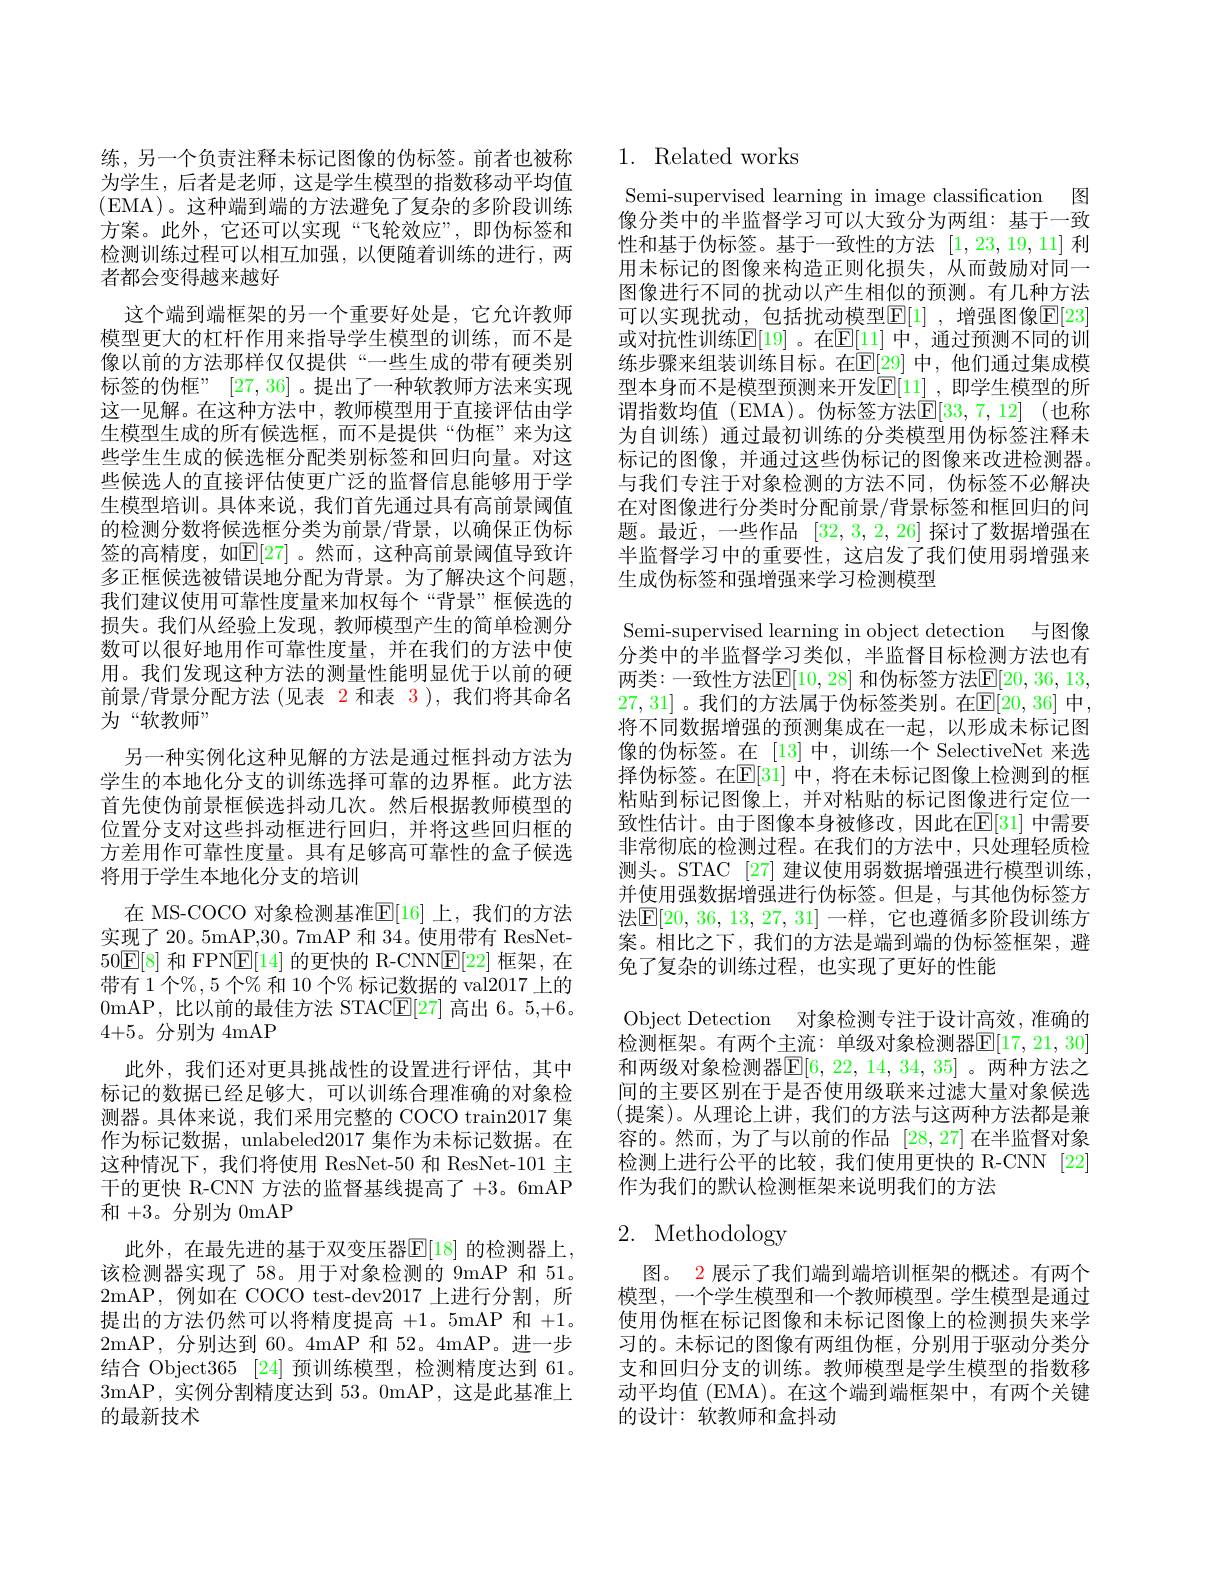
练，另一个负责注释未标记图像的伪标签。前者也被称为学生，后者是老师，这是学生模型的指数移动平均值(EMA)。这种端到端的方法避免了复杂的多阶段训练方案。此外，它还可以实现“飞轮效应”,即伪标签和检测训练过程可以相互加强，以便随着训练的进行，两者都会变得越来越好
这个端到端框架的另一个重要好处是，它允许教师模型更大的杠杆作用来指导学生模型的训练，而不是像以前的方法那样仅仅提供“一些生成的带有硬类别标签的伪框” [27,36] 。提出了一种软教师方法来实现这一见解。在这种方法中，教师模型用于直接评估由学生模型生成的所有候选框，而不是提供“伪框”来为这些学生生成的候选框分配类别标签和回归向量。对这些候选人的直接评估使更广泛的监督信息能够用于学生模型培训。具体来说，我们首先通过具有高前景阈值的检测分数将候选框分类为前景/背景，以确保正伪标签的高精度，如$\mathbb{E}[27]$。然而，这种高前景阈值导致许多正框候选被错误地分配为背景。为了解决这个问题， 我们建议使用可靠性度量来加权每个“背景”框候选的损失。我们从经验上发现，教师模型产生的简单检测分数可以很好地用作可靠性度量，并在我们的方法中使用。我们发现这种方法的测量性能明显优于以前的硬前景/背景分配方法 (见表 2 和表 3),我们将其命名为“软教师”
另一种实例化这种见解的方法是通过框抖动方法为学生的本地化分支的训练选择可靠的边界框。此方法首先使伪前景框候选抖动几次。然后根据教师模型的位置分支对这些抖动框进行回归，并将这些回归框的方差用作可靠性度量。具有足够高可靠性的盒子候选将用于学生本地化分支的培训
在 MS-COCO 对象检测基准$\mathbb{E}[16]$ 上，我们的方法实现了 20。5mAP,30。7mAP 和 34。使用带有 ResNet- 50$\boxed{\mathrm{E}[8]\text{ 和 FPNE[14] 的更快的 R-CNN}\boxed{\mathrm{E}[22]}}$框架，在带有 1 个%, 5 个% 和 10 个% 标记数据的 val2017 上的0mAP,比以前的最佳方法 STAC$\underline{\mathrm{E}}[27]$高出 6。5,+6。4+5。分别为 4mAP
此外，我们还对更具挑战性的设置进行评估，其中标记的数据已经足够大，可以训练合理准确的对象检测器。具体来说，我们采用完整的 COCO train2017 集作为标记数据，unlabeled2017 集作为未标记数据。在这种情况下，我们将使用 ResNet-50 和 ResNet-101 主干的更快 R-CNN 方法的监督基线提高了 +3。6mAP 和+3。分别为 0mAP
此外，在最先进的基于双变压器$\mathbb{E}[18]$ 的检测器上， 该检测器实现了 58。用于对象检测的 9mAP 和 51。2mAP,例如在 COCO test-dev2017上进行分割，所提出的方法仍然可以将精度提高+1。5mAP 和+1。2mAP,分别达到 60。4mAP 和 52。4mAP。进一步结合 Object365 [24]预训练模型，检测精度达到 61。3mAP,实例分割精度达到 53。0mAP, 这是此基准上的最新技术

# 1. Related works

Semi-supervised learning in image classification 图像分类中的半监督学习可以大致分为两组：基于一致性和基于伪标签。基于一致性的方法[1,23,19,11]利用未标记的图像来构造正则化损失，从而鼓励对同一图像进行不同的扰动以产生相似的预测。有几种方法可以实现扰动，包括扰动模型$\mathbb{E}[1]$,增强图像$\mathbb{E}[23]$ 或对抗性训练$\mathbb{E}[19]$。在$\mathbb{E}[11]$ 中，通过预测不同的训练步骤来组装训练目标。在$\mathbb{E}[29]$ 中，他们通过集成模型本身而不是模型预测来开发$\mathbb{E}[11]$ ,即学生模型的所谓指数均值(EMA)。伪标签方法$\mathbb{E}[33,7,12]$ (也称为自训练)通过最初训练的分类模型用伪标签注释未标记的图像，并通过这些伪标记的图像来改进检测器。与我们专注于对象检测的方法不同，伪标签不必解决在对图像进行分类时分配前景/背景标签和框回归的问题。最近，一些作品[32,3,2,26]探讨了数据增强在半监督学习中的重要性，这启发了我们使用弱增强来生成伪标签和强增强来学习检测模型
Semi-supervised learning in object detection 与图像分类中的半监督学习类似，半监督目标检测方法也有两类：一致性方法$\mathbb{E}[10,28]$ 和伪标签方法$\mathbb{E}[20,36,13$, 27,31]。我们的方法属于伪标签类别。在$\mathbb{E}[20,36]$ 中， 将不同数据增强的预测集成在一起，以形成未标记图像的伪标签。在 [13]中，训练一个 SelectiveNet 来选择伪标签。在$\mathbb{E}[31]$ 中，将在未标记图像上检测到的框粘贴到标记图像上，并对粘贴的标记图像进行定位一致性估计。由于图像本身被修改，因此在$\mathbb{E}[31]$ 中需要非常彻底的检测过程。在我们的方法中，只处理轻质检测头。STAC [27] 建议使用弱数据增强进行模型训练， 并使用强数据增强进行伪标签。但是，与其他伪标签方法$\mathbb{E}[20,36,13,27,31]$ 一样，它也遵循多阶段训练方案。相比之下，我们的方法是端到端的伪标签框架，避免了复杂的训练过程，也实现了更好的性能
Object Detection 对象检测专注于设计高效，准确的检测框架。有两个主流：单级对象检测器$\mathbb{E}[17,21,30]$ 和两级对象检测器$\mathbb{E}[6,22,14,34,35]$。两种方法之间的主要区别在于是否使用级联来过滤大量对象候选(提案)。从理论上讲，我们的方法与这两种方法都是兼容的。然而，为了与以前的作品[28,27]在半监督对象检测上进行公平的比较，我们使用更快的 R-CNN [22] 作为我们的默认检测框架来说明我们的方法
2. Methodology

图。2 展示了我们端到端培训框架的概述。有两个模型，一个学生模型和一个教师模型。学生模型是通过使用伪框在标记图像和未标记图像上的检测损失来学习的。未标记的图像有两组伪框，分别用于驱动分类分支和回归分支的训练。教师模型是学生模型的指数移动平均值 (EMA)。在这个端到端框架中，有两个关键的设计：软教师和盒抖动